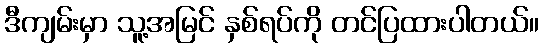
ဒီကျမ်းမှာ သူ့အမြင် နှစ်ရပ်ကို တင်ပြထားပါတယ်။